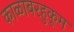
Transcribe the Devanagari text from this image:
काळाबरहुकूम